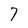
Character: 7